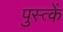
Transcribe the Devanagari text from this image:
पुस्त्कें